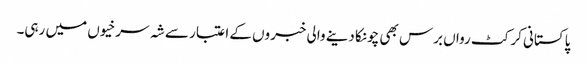
پاکستانی کرکٹ رواں برس بھی چونکا دینے والی خبروں کے اعتبار سے شہ سرخیوں میں رہی۔